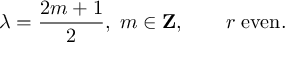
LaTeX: \lambda = { \frac { 2 m + 1 } { 2 } } , \; m \in { \bf Z } , \qquad r \; \mathrm { e v e n } .